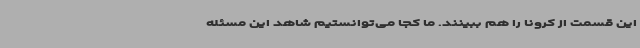
این قسمت از کرونا را هم ببینند. ما کجا می‌توانستیم شاهد این مسئله